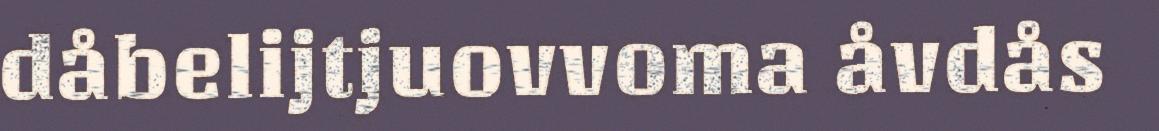
dåbelijtjuovvoma åvdås